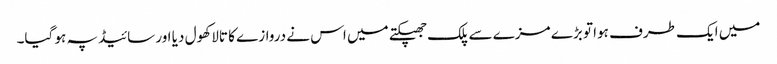
میں ایک طرف ہوا تو بڑے مزے سے پلک جھپکتے میں اس نے دروازے کا تالا کھول دیا اور سائیڈ پہ ہو گیا۔